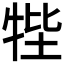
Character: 𤙞